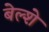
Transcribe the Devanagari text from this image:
बेल्शे